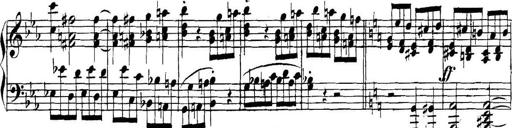
Title: Collected Piano Sonatas
Composer: Muzio Clementi